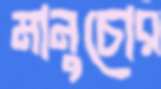
মানুচোর